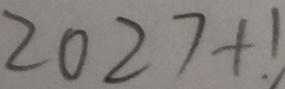
2 0 2 7 + 1